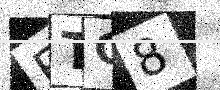
Text: ETC8